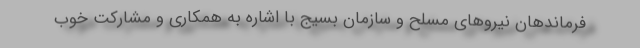
فرماندهان نیروهای مسلح و سازمان بسیج با اشاره به همکاری و مشارکت خوب